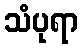
သံပုရာ